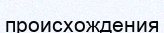
происхождения